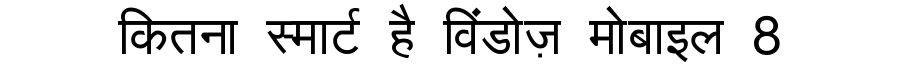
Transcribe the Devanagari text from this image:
कितना स्मार्ट है विंडोज़ मोबाइल 8